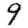
Digit: 9